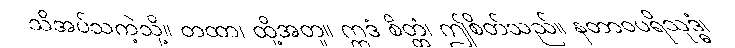
သိအပ်သကဲ့သို့။ တထာ၊ ထို့အတူ။ ဣဒံ စိတ္တံ၊ ဤစိတ်သည်။ နတာဝပရိသုဒ္ဓံ၊